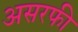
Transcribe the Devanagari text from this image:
असरफी